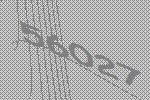
56027